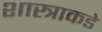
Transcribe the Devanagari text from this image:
शास्त्राकडे